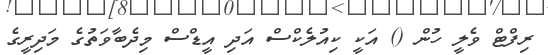
ރިފްޓް ވެލީ ހުން () އަކީ ކިއުލެކްސް އަދި އީޑްސް މިދެބާވަތުގެ މަދިރީގެ